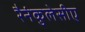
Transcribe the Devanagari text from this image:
रैनंकुलेसीए